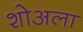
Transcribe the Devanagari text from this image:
शोअला